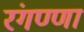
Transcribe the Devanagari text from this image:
रंगण्णा